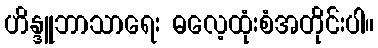
ဟိန္ဒူဘာသာရေး ဓလေ့ထုံးစံအတိုင်းပါ။